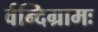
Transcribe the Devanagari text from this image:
र्वन्दिग्रामः